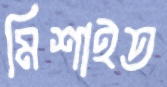
মিশাইত